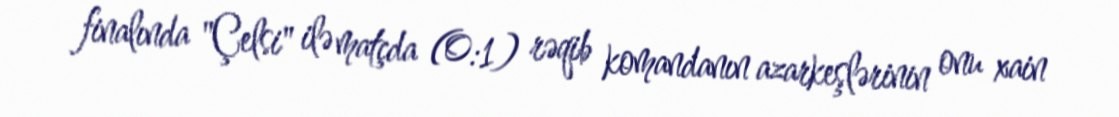
finalında "Çelsi" ilə matçda (0:1) rəqib komandanın azarkeşlərinin onu xain